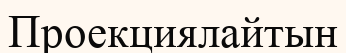
Проекциялайтын